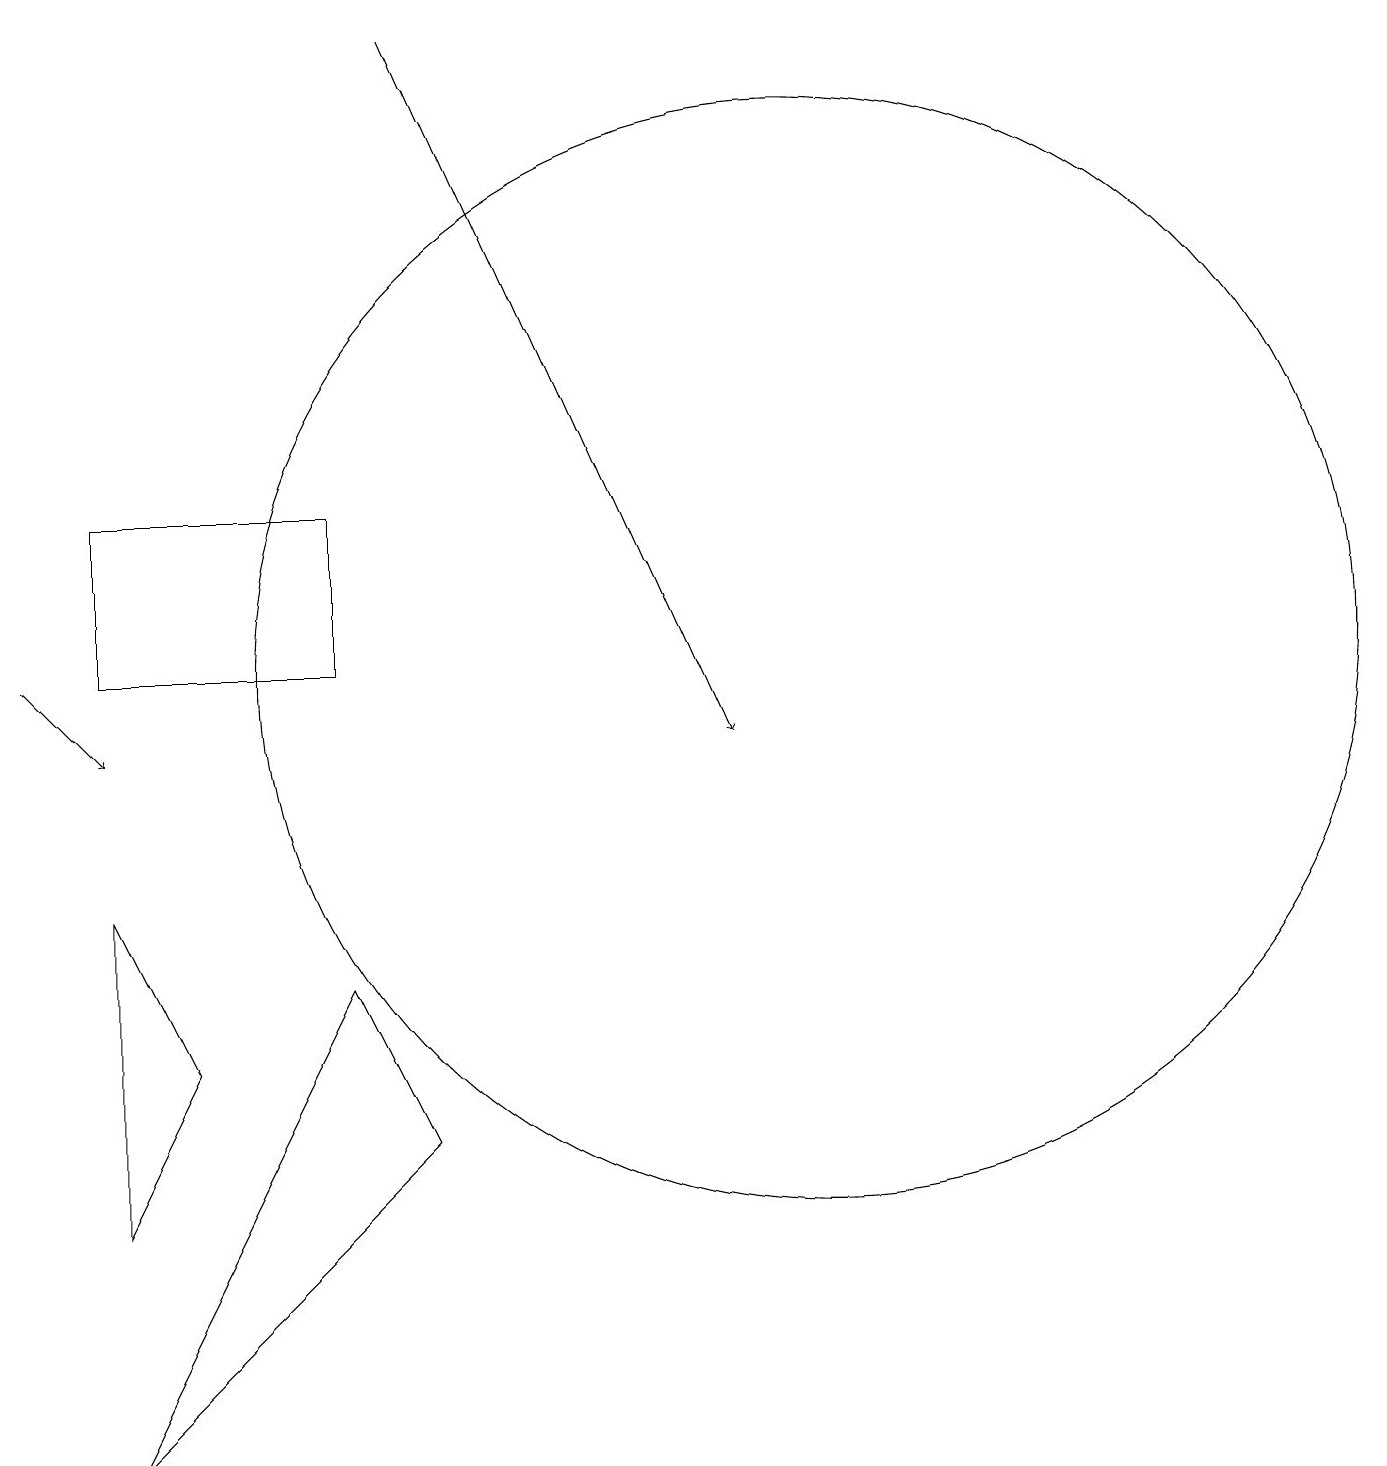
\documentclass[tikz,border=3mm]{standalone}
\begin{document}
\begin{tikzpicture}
\draw (10,11) circle (7);
\draw[->] (0,11) -- (1,10);
\draw (1,8) -- (2,6) -- (1,4) -- cycle;
\draw[->] (5,19) -- (9,10);
\draw (4,7) -- (1,1) -- (5,5) -- cycle;
\draw (1,11) rectangle (4,13);
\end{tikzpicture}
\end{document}